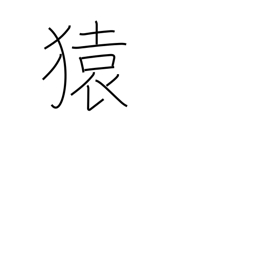
Meaning: monkey